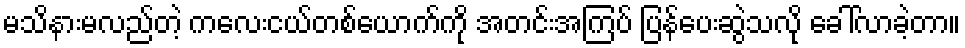
မသိနားမလည်တဲ့ ကလေးငယ်တစ်ယောက်ကို အတင်းအကြပ် ပြန်ပေးဆွဲသလို ခေါ်လာခဲ့တာ။